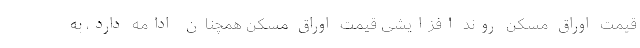
قیمت اوراق مسکن روند افزایشی قیمت اوراق مسکن همچنان ادامه دارد، به